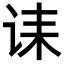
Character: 诔